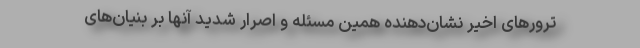
ترورهای اخیر نشان‌دهنده همین مسئله و اصرار شدید آنها بر بنیان‌های